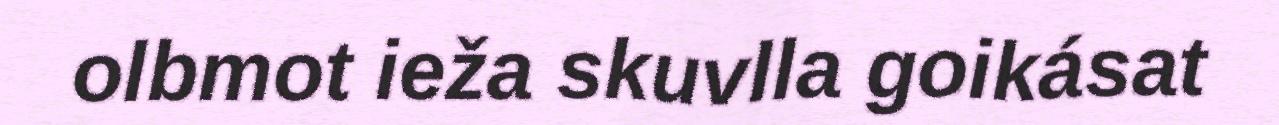
olbmot ieža skuvlla goikásat